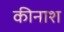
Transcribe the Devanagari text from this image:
कीनाश